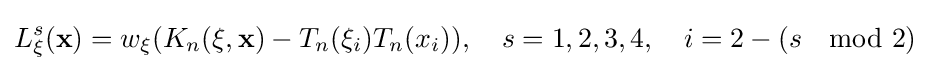
L_{\mathbf {\xi } }^{s}(\mathbf {x} )=w_{\mathbf {\xi } }(K_{n}(\mathbf {\xi } ,\mathbf {x} )-T_{n}(\xi _{i})T_{n}(x_{i})),\quad s=1,2,3,4,\quad i=2-(s\mod 2)